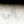
إلى